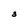
Character: S